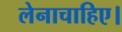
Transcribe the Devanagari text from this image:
लेनाचाहिए।